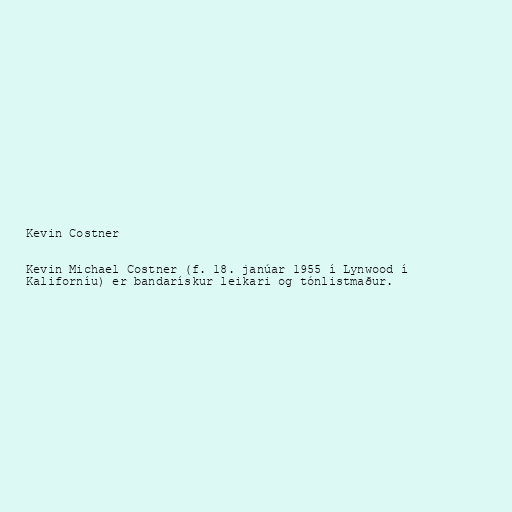
Kevin Costner

Kevin Michael Costner (f. 18. janúar 1955 í Lynwood í
Kaliforníu) er bandarískur leikari og tónlistmaður.